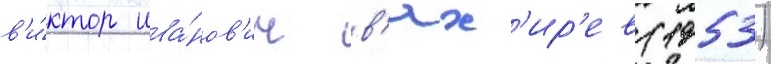
в'и́ктор ива́нов'ич в'ях'ир'ев (1953)